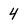
Character: 4